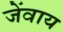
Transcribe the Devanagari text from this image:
जेंवाय